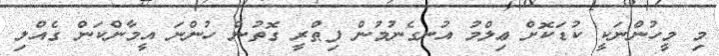
މި މީހުންނަކީ ކުޑަކޮށް ޢިލްމު އުނގެނުމުން ފިޠްރީ ގޮތުން ހުންނަ އީމާންކަން ގެއްލި